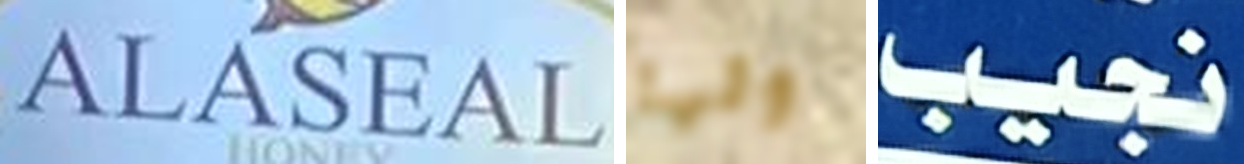
ALASEAL ولها نجيب